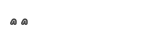
٣٩